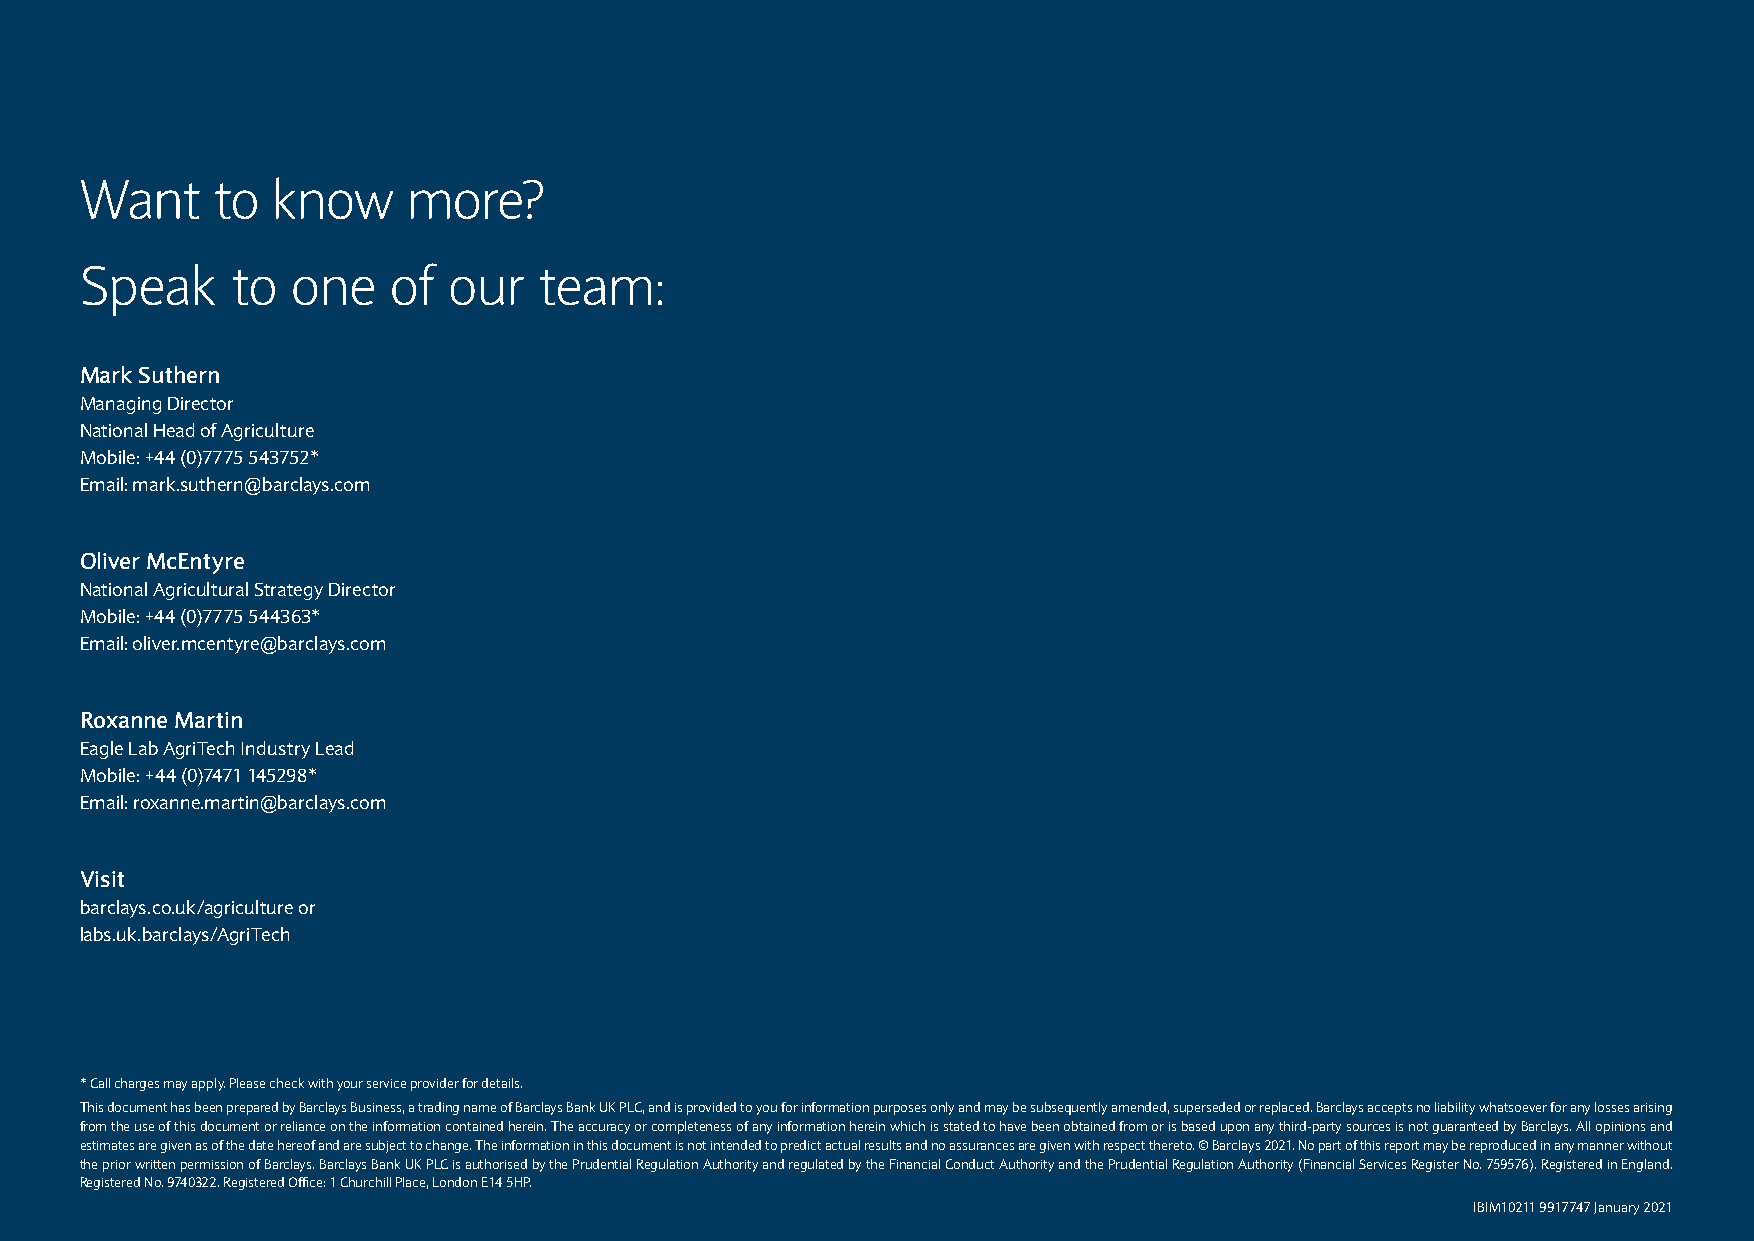
Want     to  know     more?
 Speak     to  one    of  our   team:
 Mark Suthern
 Managing Director
 National Head of Agriculture
 Mobile: +44 (0)7775 543752*
 Email: mark.suthern@barclays.com
 Oliver McEntyre
 National Agricultural Strategy Director
 Mobile: +44 (0)7775 544363*
 Email: oliver.mcentyre@barclays.com
 Roxanne Martin
 Eagle Lab AgriTech Industry Lead
 Mobile: +44 (0)7471 145298*
 Email: roxanne.martin@barclays.com
 Visit
 barclays.co.uk/agriculture or
 labs.uk.barclays/AgriTech
 * Call charges may apply. Please check with your service provider for details.
 This document has been prepared by Barclays Business, a trading name of Barclays Bank UK PLC, and is provided to you for information purposes only and may be subsequently amended, superseded or replaced. Barclays accepts no liability whatsoever for any losses arising
 from the use of this document or reliance on the information contained herein. The accuracy or completeness of any information herein which is stated to have been obtained from or is based upon any third-party sources is not guaranteed by Barclays. All opinions and
 estimates are given as of the date hereof and are subject to change. The information in this document is not intended to predict actual results and no assurances are given with respect thereto. © Barclays 2021. No part of this report may be reproduced in any manner without
 the prior written permission of Barclays. Barclays Bank UK PLC is authorised by the Prudential Regulation Authority and regulated by the Financial Conduct Authority and the Prudential Regulation Authority (Financial Services Register No. 759576). Registered in England.
 Registered No. 9740322. Registered Office: 1 Churchill Place, London E14 5HP.
 IBIM10211 9917747 January 2021